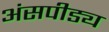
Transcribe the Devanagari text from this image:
अंसपीड्य